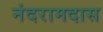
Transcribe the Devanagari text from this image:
नंदरामदास